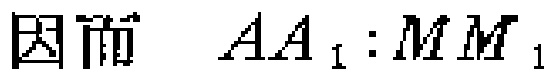
因而 \(AA_1:MM_1\)